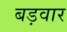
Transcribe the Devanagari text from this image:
बड़वार